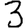
Digit: 3